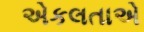
એકલતાએ